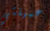
عميلتي